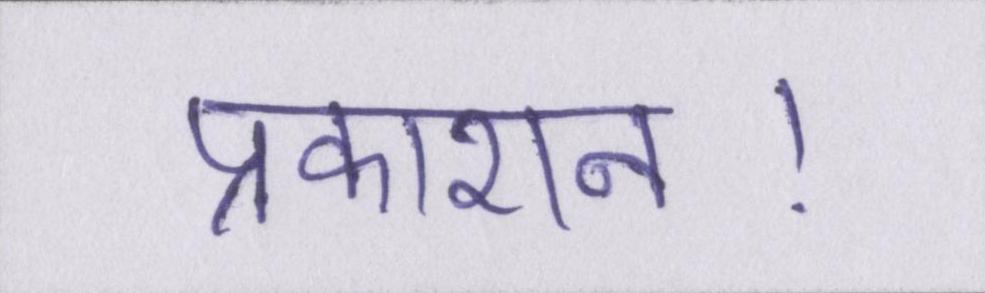
प्रकाशन।